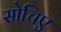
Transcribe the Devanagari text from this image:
सोचिए